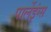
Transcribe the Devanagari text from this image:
पार्लेइंग्स